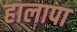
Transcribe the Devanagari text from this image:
हालापा